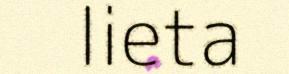
lieta